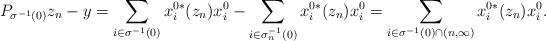
LaTeX: \begin{align*}P_{\sigma^{-1}(0)}z_n-y=\sum_{i\in\sigma^{-1}(0)}x^{0*}_i(z_n)x^{0}_i- \sum_{i\in\sigma_n^{-1}(0)}x^{0*}_i(z_n) x^0_i=\sum_{i\in\sigma^{-1}(0)\cap(n,\infty)}x^{0*}_i(z_n)x^{0}_i.\end{align*}